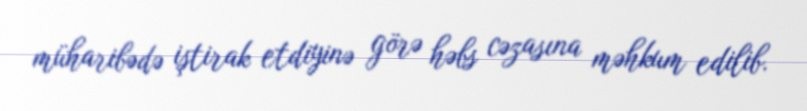
müharibədə iştirak etdiyinə görə həbs cəzasına məhkum edilib.